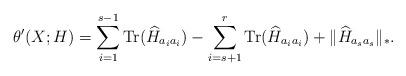
LaTeX: \begin{align*} \theta'(X;H)=\displaystyle \sum_{i=1}^{s-1}{\rm Tr}(\widehat H_{a_ia_i})- \displaystyle \sum_{i=s+1}^r{\rm Tr}(\widehat H_{a_ia_i})+\|\widehat H_{a_sa_s}\|_*. \end{align*}